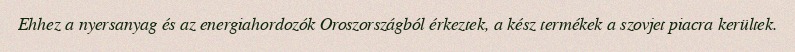
Ehhez a nyersanyag és az energiahordozók Oroszországból érkeztek, a kész termékek a szovjet piacra kerültek.